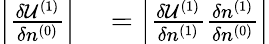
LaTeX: \begin{array}{rl}{\left\vert\frac{\delta{\cal U}^{(1)}}{\delta n^{(0)}}\right\vert}&{{}=\left\vert\frac{\delta{\cal U}^{(1)}}{\delta n^{(1)}}\frac{\delta n^{(1)}}{\delta n^{(0)}}\right\vert}\end{array}